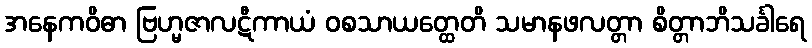
အနေကဝိဓာ ဗြဟ္မဇာလဋီကာယံ ဝစသာယတ္ထေတိ သမာနဖလတ္တာ စိတ္တာဘိသင်္ခါရေ